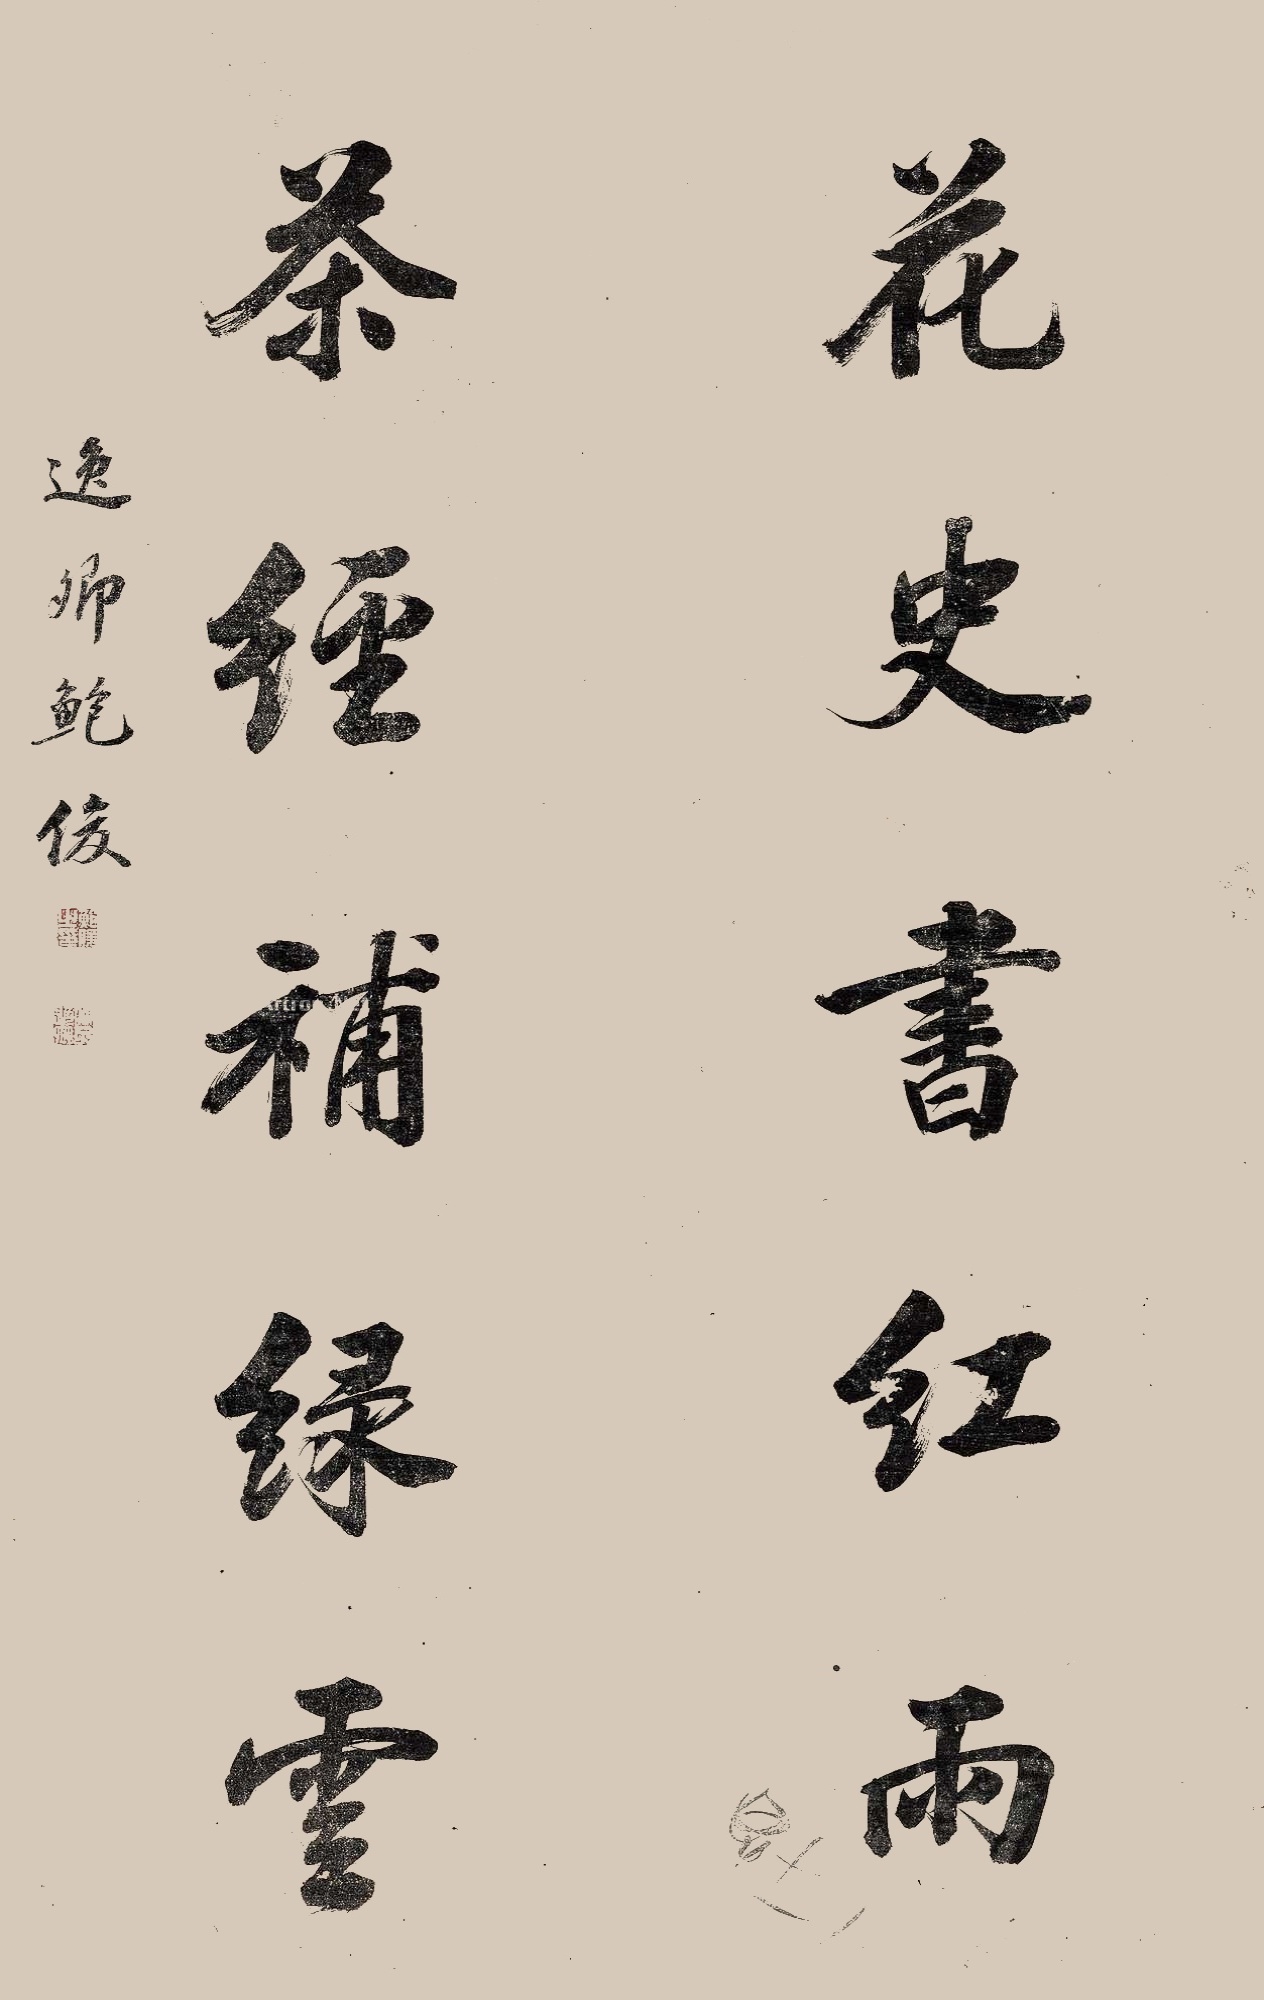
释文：花史书红雨，茶经补绿云。逸卿鲍俊。